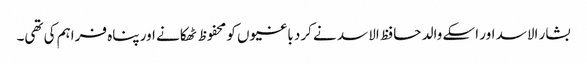
بشار الاسد اور اسکے والد حافظ الاسد نے کرد باغیوں کو محفوظ ٹھکانے اور پناہ فراہم کی تھی۔